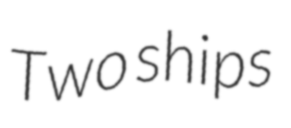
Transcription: Two ships